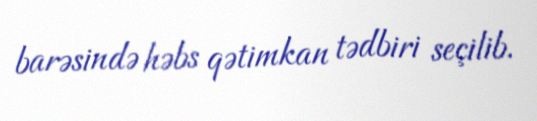
barəsində həbs qətimkan tədbiri seçilib.